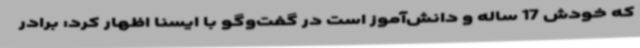
که خودش 17 ساله و دانش‌آموز است در گفت‌وگو با ایسنا اظهار کرد: برادر